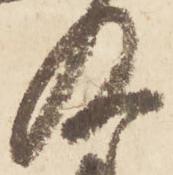
及